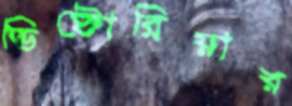
ভিক্টোরিয়ার